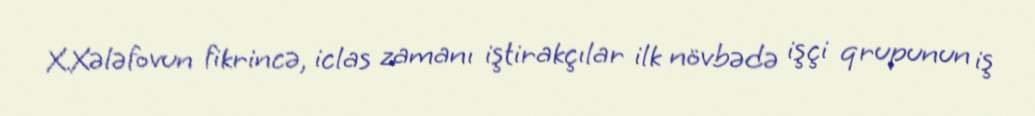
X.Xələfovun fikrincə, iclas zamanı iştirakçılar ilk növbədə işçi qrupunun iş